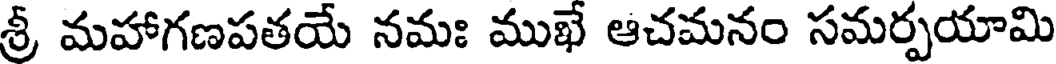
శ్రీ మహాగణపతయే నమః ముఖే ఆచమనం సమర్పయామి